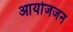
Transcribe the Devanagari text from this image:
आयोजजन